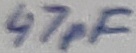
Text: 47pF